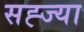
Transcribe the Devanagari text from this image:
सह्ज्या